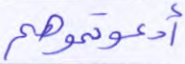
أدعوتموهم